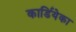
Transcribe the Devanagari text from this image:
कार्डियेका